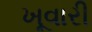
ખૂવારી